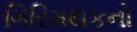
ગિરિમથકનો